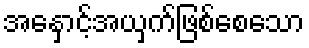
အနှောင့်အယှက်ဖြစ်စေသော